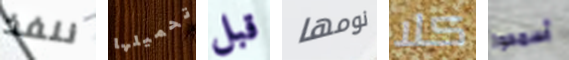
ننفذ تحميلها قبل نومها كلا أسمحوا